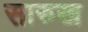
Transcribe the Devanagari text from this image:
सारुख